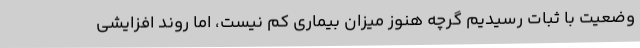
وضعیت با ثبات رسیدیم گرچه هنوز میزان بیماری کم نیست، اما روند افزایشی